65_HS1-834228961_62-HQ-83894_Section_7
Agency: FBI
Page 40
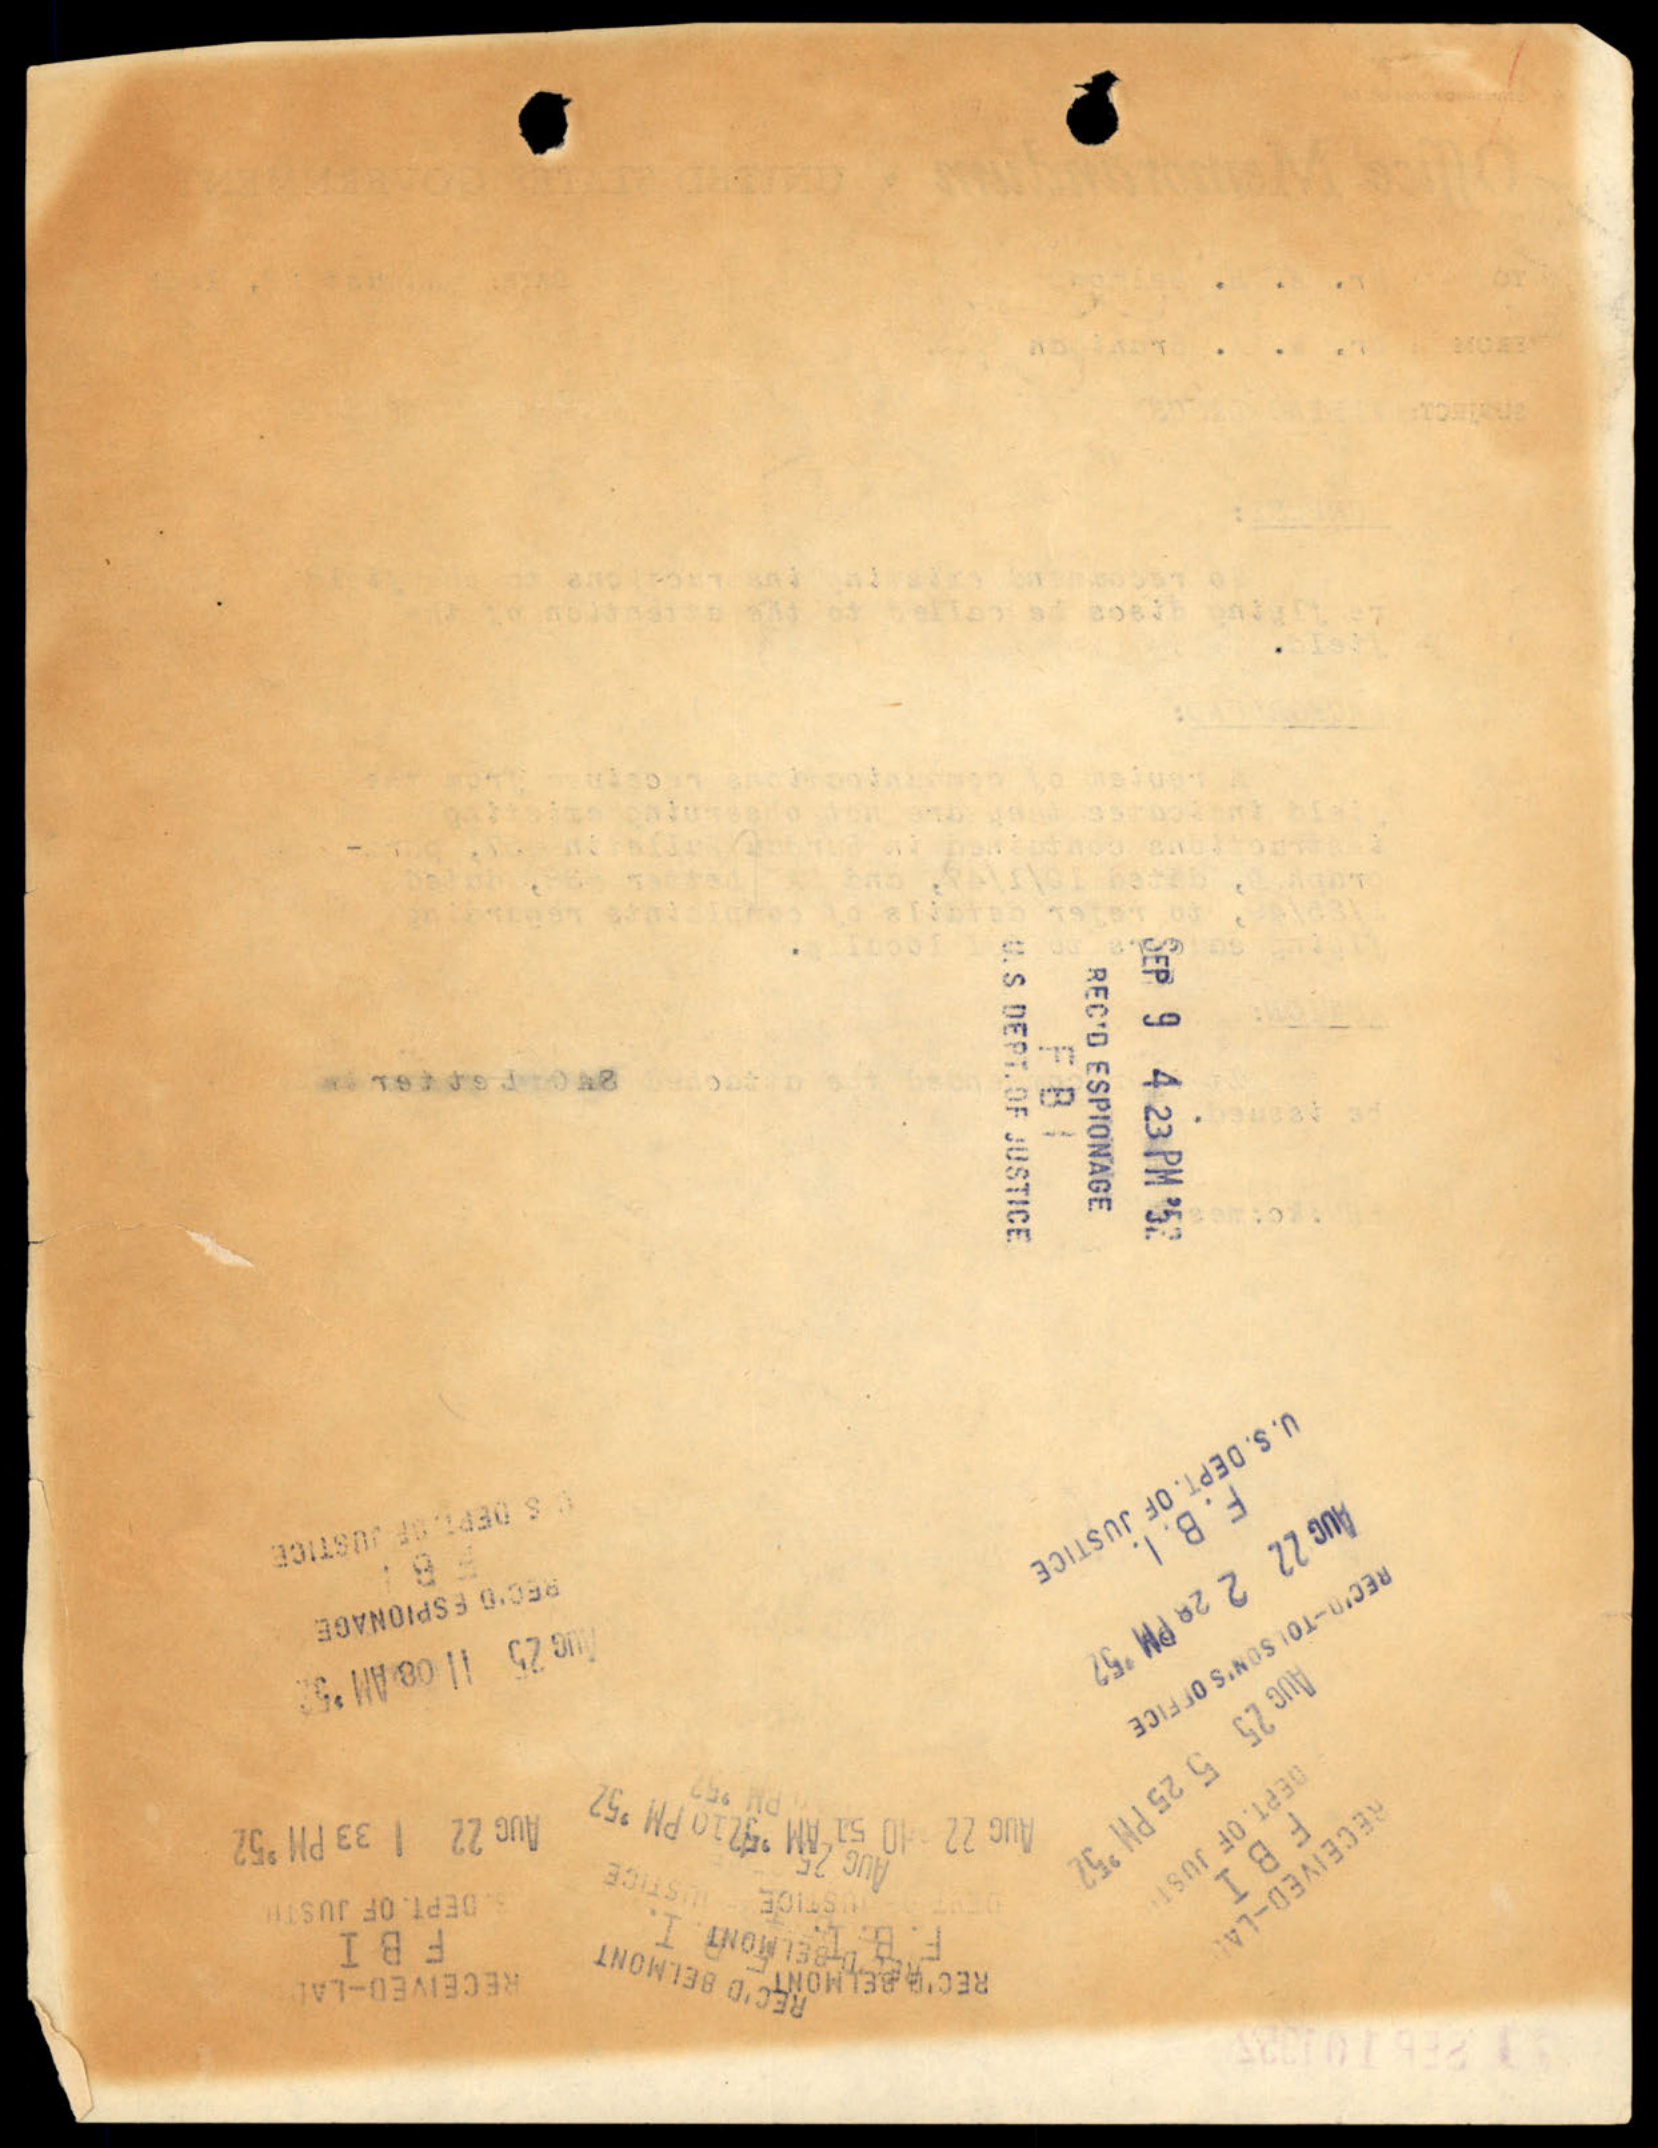